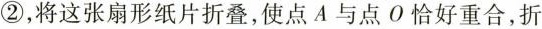
②，将这张扇形纸片折叠，使点A与点O恰好重合，折